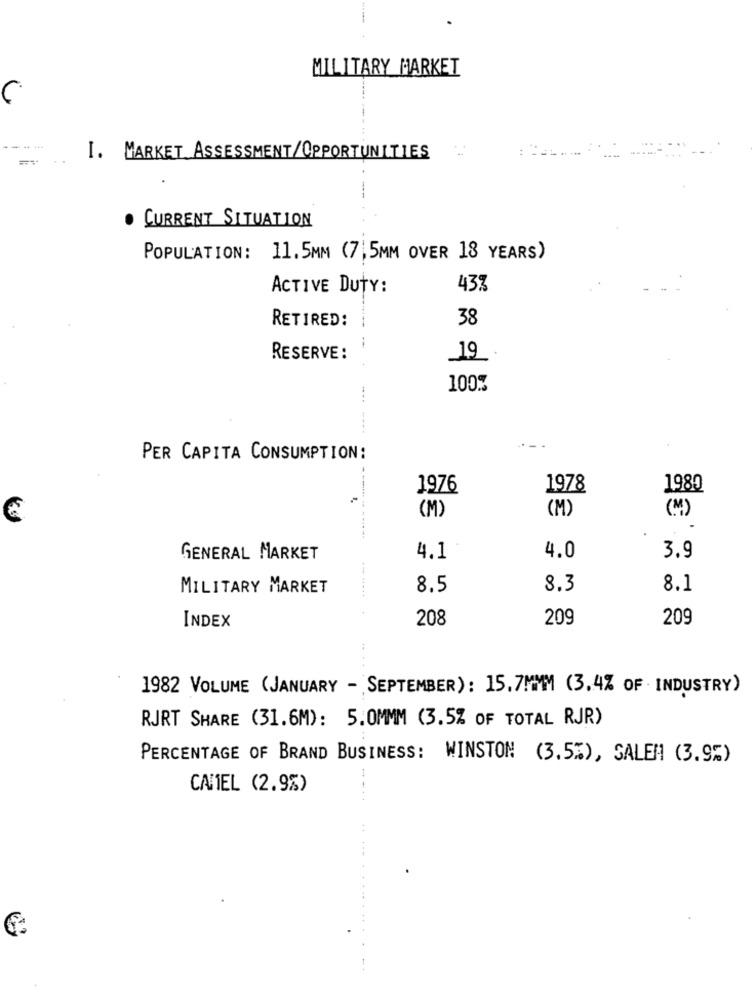
MILITARY MARKET
..
I. MARKET ASSESSMENT/OPPORTUNITIES
---
. CURRENT SITUATION
POPULATION: 11.5MM (7,5MM OVER 18 YEARS)
ACTIVE DUTY:
433
RETIRED:
38
RESERVE:
_19
+
100%
PER CAPITA CONSUMPTION:
1976
1978
1989
(M)
(M)
(M)
3.9
GENERAL MARKET
4.1
4.0
MILITARY MARKET
8.5
8.3
8.1
INDEX
208
209
209
... .
1982 VOLUME (JANUARY - SEPTEMBER): 15.7MMM (3.4% OF INDUSTRY)
RJRT SHARE (31.6M): 5.0MMM (3.5% OF TOTAL RJR)
PERCENTAGE OF BRAND BUSINESS: WINSTON (3.5%), SALEM (3.9%)
CAMEL (2.9%)
--..
.. ... .